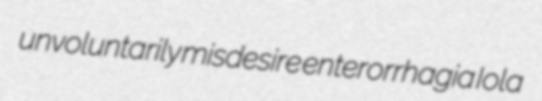
unvoluntarily misdesire enterorrhagia Iola